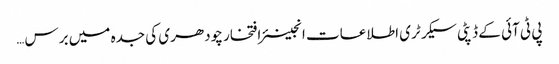
پی ٹی آئی کے ڈپٹی سیکرٹری اطلاعات انجینئر افتخار چودھری کی جدہ میں برس…